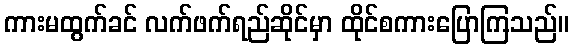
ကားမထွက်ခင် လက်ဖက်ရည်ဆိုင်မှာ ထိုင်စကားပြောကြသည်။